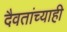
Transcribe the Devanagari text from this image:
दैवतांच्याही